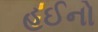
હઈનો